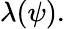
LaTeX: \lambda(\psi).